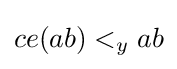
ce(ab)<_{y}ab